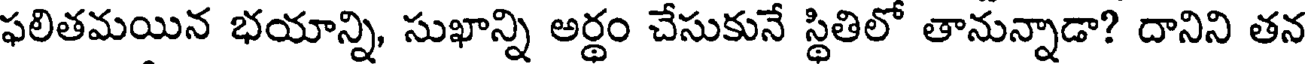
ఫలితమయిన భయాన్ని, సుఖాన్ని అర్థం చేసుకునే స్థితిలో తానున్నాడా? దానిని తన